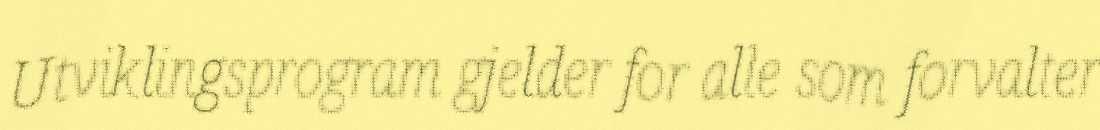
Utviklingsprogram gjelder for alle som forvalter